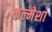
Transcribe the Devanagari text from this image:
कल्मेशा